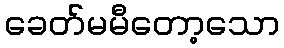
ခေတ်မမီတော့သော